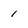
Character: 1